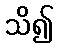
သိ၍